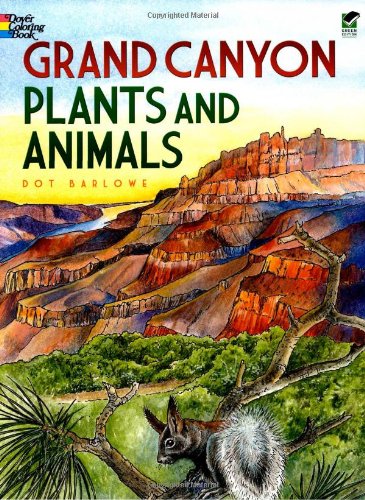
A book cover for Grand Canyon Plants and Animals Coloring Book (Dover Nature Coloring Book); Dot Barlowe; Science & Math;